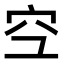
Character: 𫞹